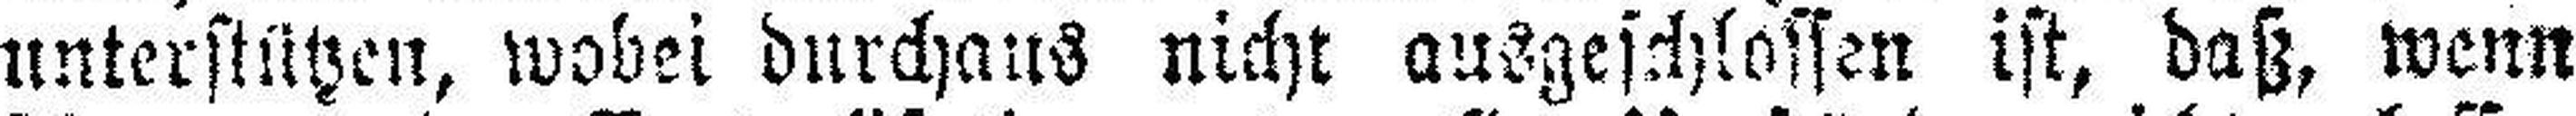
unterstützen, wobei durchaus nicht ausgeschlossen ist, daß, wenn